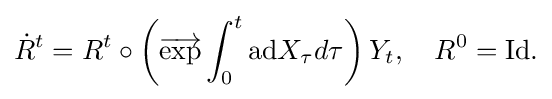
\displaystyle {{\dot {R}}^{t}=R^{t}\circ \left({\overrightarrow {\mathrm {exp} }}\int _{0}^{t}\mathrm {ad} X_{\tau }d\tau \right)Y_{t},\quad R^{0}=\mathrm {Id} .}